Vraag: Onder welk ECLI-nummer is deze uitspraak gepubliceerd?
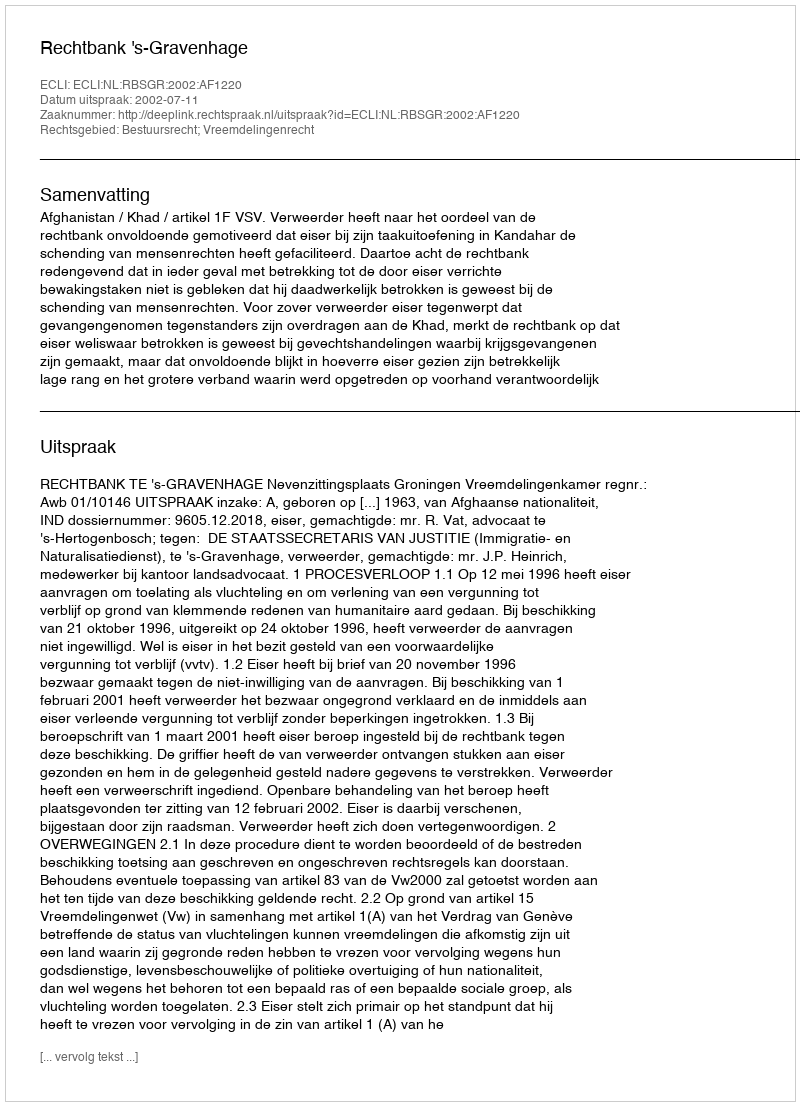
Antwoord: ECLI:NL:RBSGR:2002:AF1220